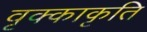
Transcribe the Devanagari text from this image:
वृक्काकृति